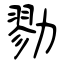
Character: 勠